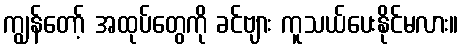
ကျွန်တော့် အထုပ်တွေကို ခင်ဗျား ကူသယ်ပေးနိုင်မလား။